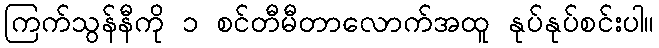
ကြက်သွန်နီကို ၁ စင်တီမီတာလောက်အထူ နုပ်နုပ်စင်းပါ။